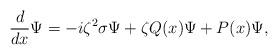
LaTeX: \begin{align*}\frac{d}{dx} \Psi = -i\zeta^2 \sigma \Psi + \zeta Q(x) \Psi + P(x) \Psi,\end{align*}